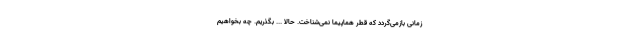
زمانی بازمی‌گردد که قطر هماپیما نمی‌شناخت. حالا ... بگذریم. چه بخواهیم